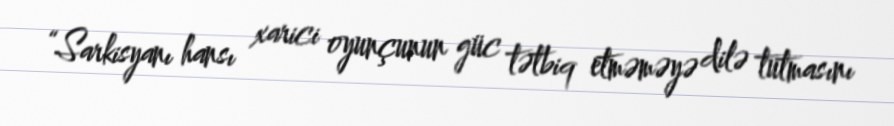
“Sarkisyanı hansı xarici oyunçunun güc tətbiq etməməyə dilə tutmasını